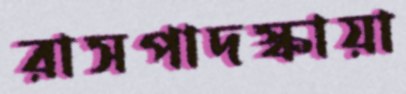
রাসপাদস্কায়া